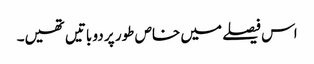
اس فیصلے میں خاص طور پر دو باتیں تھیں۔